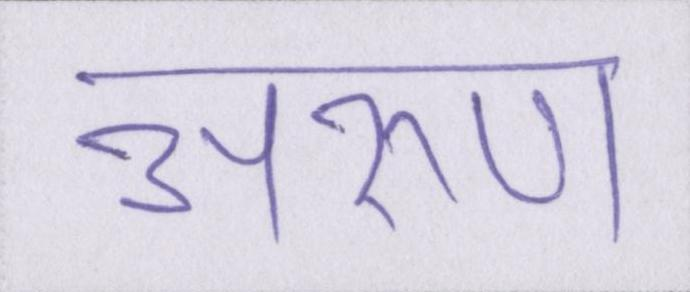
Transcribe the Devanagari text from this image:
अरुण